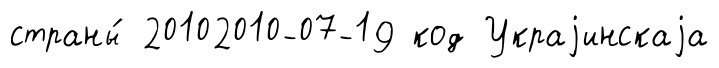
страны́ 20102010-07-19 код Украjинскаjа